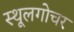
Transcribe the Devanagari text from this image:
स्थूलगोचर